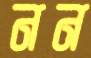
নন